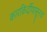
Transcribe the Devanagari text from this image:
कारकिर्दीपासूनच